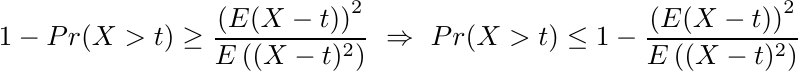
\begin{align*}
    1-Pr(X>t) \geq \frac{\left(E(X-t)\right)^2}{E\left((X-t)^2\right)} \ \Rightarrow \   Pr(X>t) \leq 1 - \frac{\left(E(X-t)\right)^2}{E\left((X-t)^2\right)}
\end{align*}